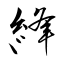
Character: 綘